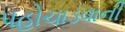
પહોચાડવાની